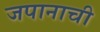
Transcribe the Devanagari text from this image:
जपानाची